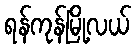
ရန်ကုန်မြို့လယ်